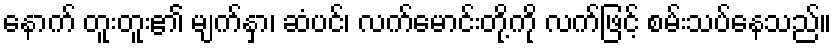
နောက် တူးတူး၏ မျက်နှာ၊ ဆံပင်၊ လက်မောင်းတို့ကို လက်ဖြင့် စမ်းသပ်နေသည်။